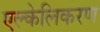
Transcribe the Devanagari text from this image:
एल्केलिकरण